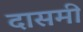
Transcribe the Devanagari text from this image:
दासमी